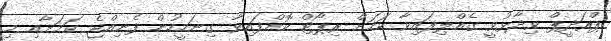
ޕްރަދީޕް ވިދާޅުވީ ގެއްލިފައިވާ ކަމަށް ރިޕޯޓް ކޮށްފައިވާ ގިނަމީހުން ފެނިއްޖެ ކަމަށާއި މި